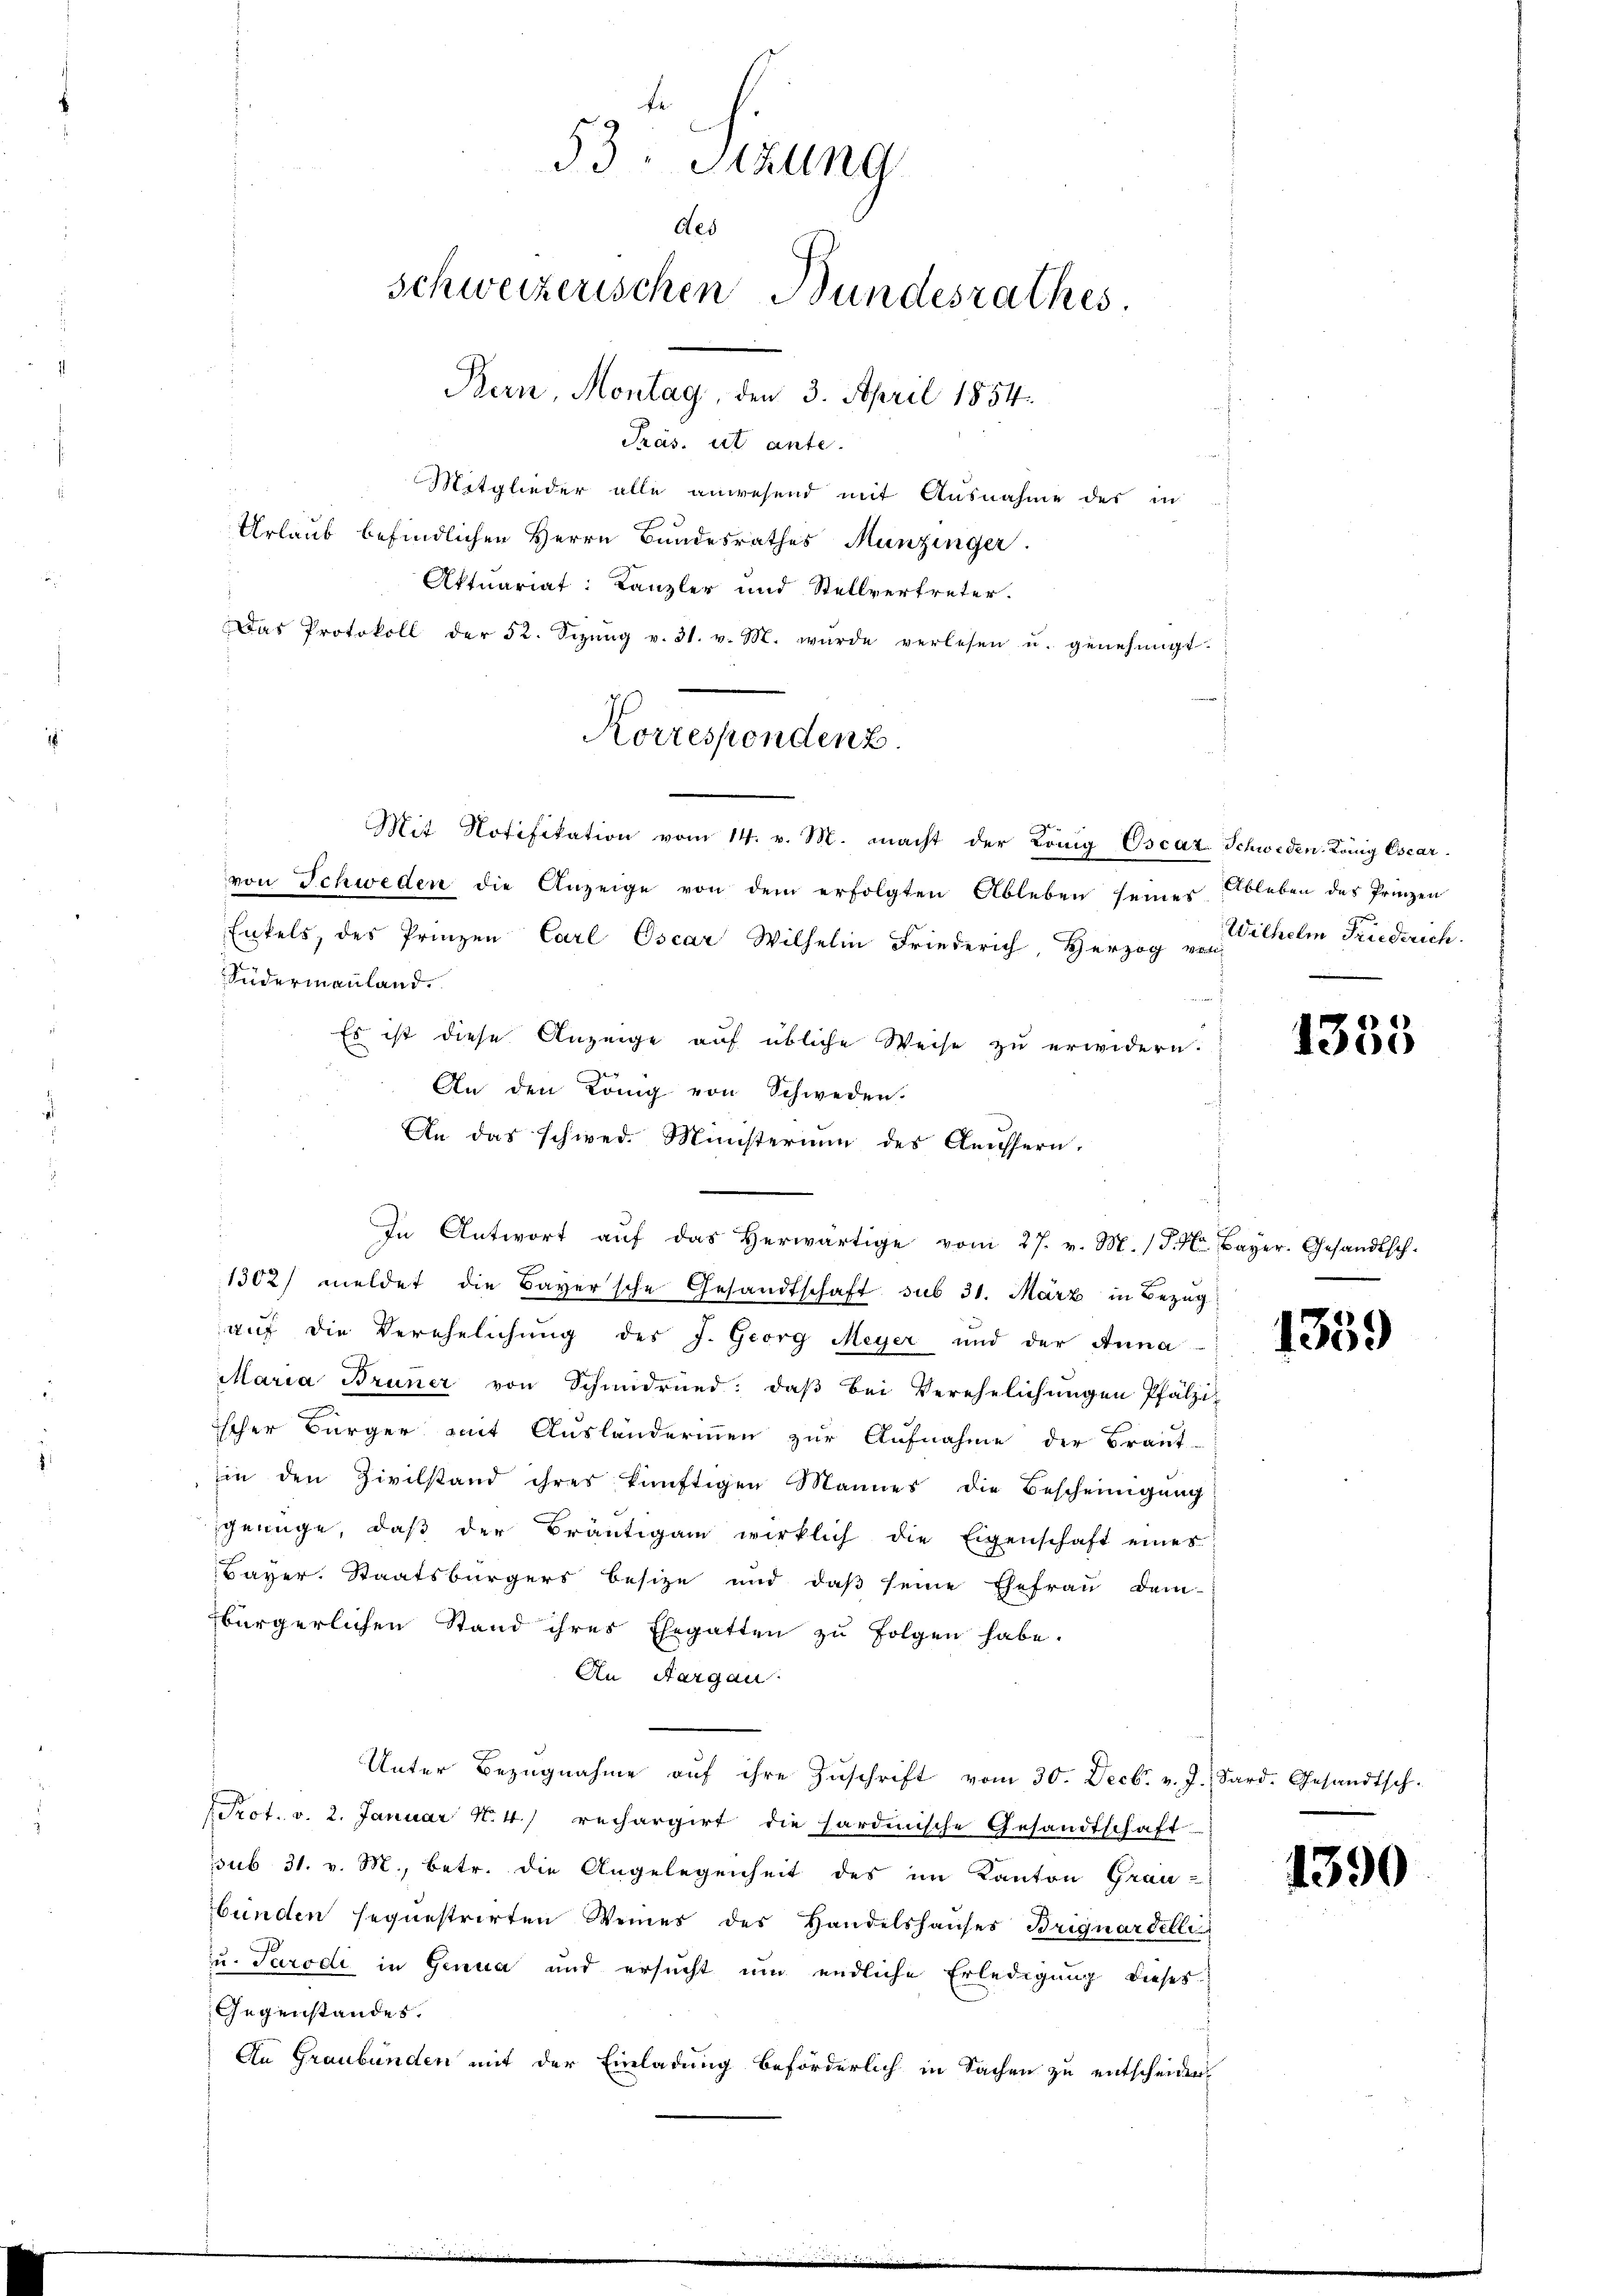
53. Sitzung
des
schweizerischen Bundesrathes.
Bern, Montag, den 3. April 1854.
Präs. et ante.

Das Protokoll der 52. Sizŭng v. 31. v. M. würde verlesen u. genehmigt.

Mitglieder alle anwesend mit Ausnahme des in
Urlaub befindlichen Herrn Bundesrathes Munzinger
Aktuariat: Kanzler und Stellvertreter.

Korrespondenz.

Mit Notifikation vom 14. v. M. macht der König Oscat. Schweden König Esearvon Schweden die Anzeige von dem erfolgten Ableben seiner Ableben des Prinzen
Enkels, des Prinzen Carl Oscar Wilhelm Friederich, Herzog von
Südermannland.
a
Es ist diese Anzeige auf übliche Weise zu erwidern.
An den König von Schweden.
An das schwed. Ministerium des Aeussern.
In Antwort aŭf das herwärtige vom 27. v. M. d. M. Bayer. Gesandtsch-
1302) meldet die Bayersche Gesandtschaft sub 31. März in Bezug
auf die Verehelichung des J. Georg Meyer und der Anna
Maria Bruner von Schmidrüed: daβ bei Verehelichŭngen Pfälzi-
ischer Bürger mit Ausländerinnen zur Aufnahme der Braut-
in den Zivilstand ihres künftigen Mannes die Bescheinigŭng
genüge, daβ der Bräutigam wirklich die Eigenschaft eines
Bayer. Staatsbürgers besize und daβ seine Ehefrau dem-
bürgerlichen Stand ihres Ehegatten zŭ folgen habe.
An Aargau
Unter Bezŭgnahme aŭf ihre Zŭschrift vom 30. Decbr. v. J. Sard. Gesandtsch.
Prot. v. 2. Januar N. 4) rechargirt die hardinische Gesandtschaft-
sub 31. v. M., betr. die Angelegenheit des im Kanton Grau-
bünden sequestrirten Weines des Handelshauses Brignardelle
u. Tarodi in Genua und ersucht um endliche Erledigung dieses
Gegenstandes.
An Graubünden mit der Einladung beförderlich in Sachen zu entscheiden

Wilhelm Friederich.

1333

1359

1390